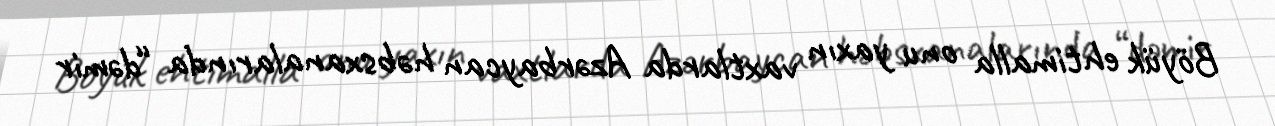
Böyük ehtimalla onu yaxın vaxtlarda Azərbaycan həbsxanalarında “dəmir